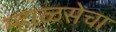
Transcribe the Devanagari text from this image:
म्हाळसेचा